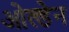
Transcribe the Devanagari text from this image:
ओल्डेन